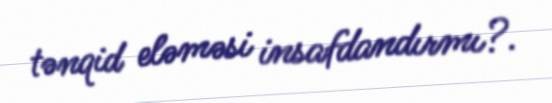
tənqid eləməsi insafdandırmı?.